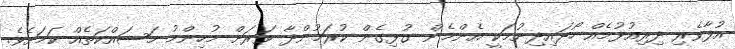
އުފާވެރި ދިރިއުޅުމެއް ހޯދައިދިނުމަކީ އެންމެން ގުޅިގެން ކުރަމުންދާ ވަރަށް މުހިންމު މަސައްކަތެއް ކަމަށެވެ.